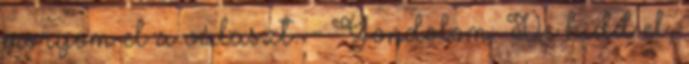
morgom el a választ. - Gondolom. De hidd el,